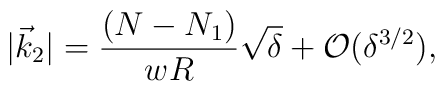
|\vec{k}_{2}|={\frac{(N-N_{1})}{wR}}\sqrt{\delta }+{\mathcal{O}}(\delta^{3/2}),